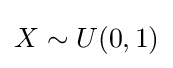
X\sim U(0,1)